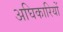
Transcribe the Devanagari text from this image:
अघिकारियों